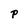
Character: P